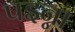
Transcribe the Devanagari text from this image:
पइन्ना